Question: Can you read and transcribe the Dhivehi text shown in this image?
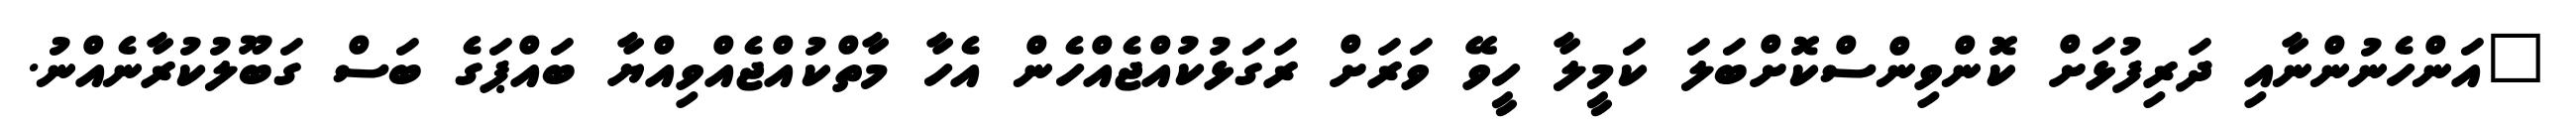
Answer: "އަންހެނުންނާއި ދަރިފުޅަށް ކޮންވިންސްކޮށްބަލަ ކަމީލާ ހީވޭ ވަރަށް ރަގަޅުކުއްޖެއްހެން އެހާ މާތްކުއްޖެއްވިއްޔާ ބައްޕަގެ ބަސް ގަބޫލުކުރާނެއްނު.